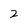
Character: 2